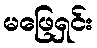
မဖြေရှင်း